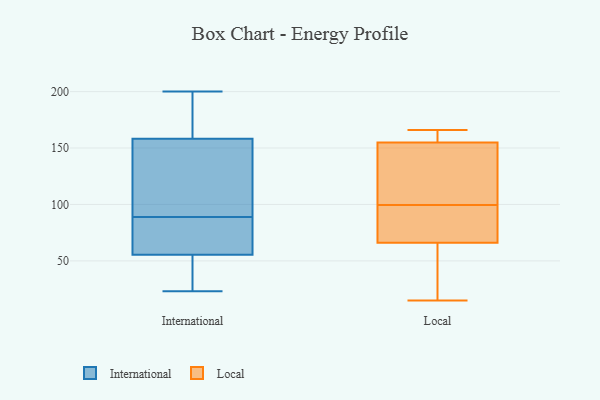
{"axis": {"x": "Page Views", "y": "Value"}, "legend": ["International", "Local"], "data": [{"x": "", "y": 200, "type": "International"}, {"x": "", "y": 23, "type": "International"}, {"x": "", "y": 55, "type": "International"}, {"x": "", "y": 168, "type": "International"}, {"x": "", "y": 147, "type": "International"}, {"x": "", "y": 87, "type": "International"}, {"x": "", "y": 50, "type": "International"}, {"x": "", "y": 25, "type": "International"}, {"x": "", "y": 114, "type": "International"}, {"x": "", "y": 162, "type": "International"}, {"x": "", "y": 167, "type": "International"}, {"x": "", "y": 66, "type": "International"}, {"x": "", "y": 94, "type": "International"}, {"x": "", "y": 46, "type": "International"}, {"x": "", "y": 86, "type": "International"}, {"x": "", "y": 126, "type": "International"}, {"x": "", "y": 57, "type": "International"}, {"x": "", "y": 163, "type": "International"}, {"x": "", "y": 89, "type": "International"}, {"x": "", "y": 129, "type": "Local"}, {"x": "", "y": 67, "type": "Local"}, {"x": "", "y": 70, "type": "Local"}, {"x": "", "y": 166, "type": "Local"}, {"x": "", "y": 57, "type": "Local"}, {"x": "", "y": 160, "type": "Local"}, {"x": "", "y": 140, "type": "Local"}, {"x": "", "y": 155, "type": "Local"}, {"x": "", "y": 66, "type": "Local"}, {"x": "", "y": 15, "type": "Local"}]}